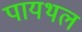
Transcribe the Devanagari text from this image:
पायथल